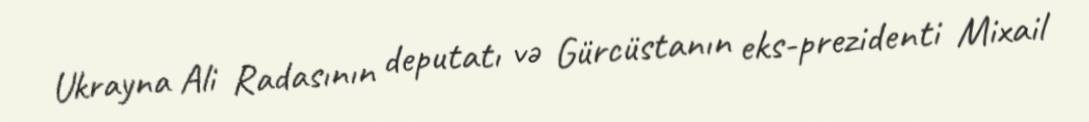
Ukrayna Ali Radasının deputatı və Gürcüstanın eks-prezidenti Mixail